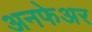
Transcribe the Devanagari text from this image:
अनफेअर